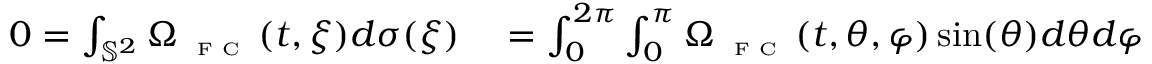
\begin{array} { r l } { 0 = \int _ { \mathbb { S } ^ { 2 } } \Omega _ { \textnormal { \tiny { F C } } } ( t , \xi ) d \sigma ( \xi ) } & { { } = \int _ { 0 } ^ { 2 \pi } \int _ { 0 } ^ { \pi } \Omega _ { \textnormal { \tiny { F C } } } ( t , \theta , \varphi ) \sin ( \theta ) d \theta d \varphi } \end{array}